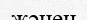
жәнен